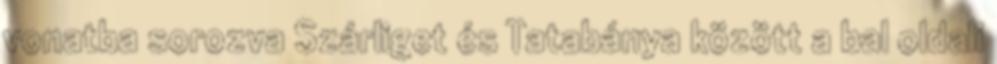
vonatba sorozva Szárliget és Tatabánya között a bal oldali